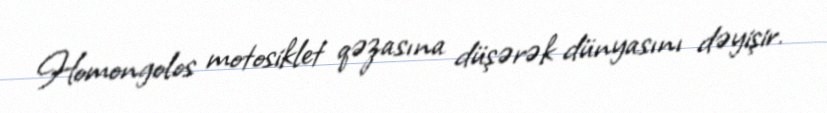
Homongolos motosiklet qəzasına düşərək dünyasını dəyişir.